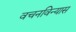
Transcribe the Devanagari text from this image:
वचनविन्यास